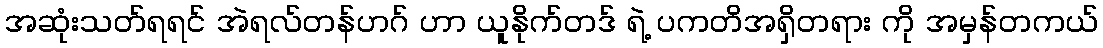
အဆုံးသတ်ရရင် အဲရလ်တန်ဟဂ် ဟာ ယူနိုက်တဒ် ရဲ့ ပကတိအရှိတရား ကို အမှန်တကယ်